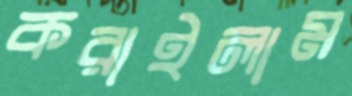
করাইলাম